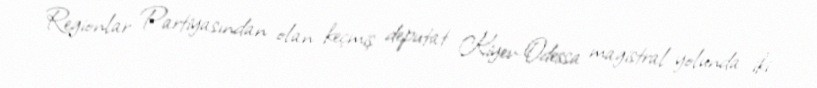
Regionlar Partiyasından olan keçmiş deputat Kiyev-Odessa magistral yolunda iki